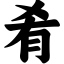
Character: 肴